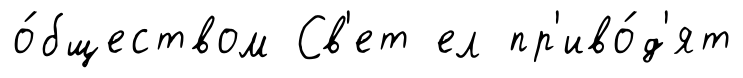
о́бществом Св'ет ел пр'иво́д'ят